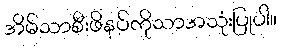
အိမ်သာစီးဖိနပ်ကိုသာအသုံးပြုပါ။